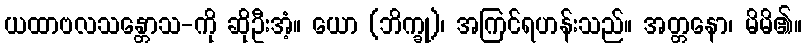
ယထာဗလသန္တောသ-ကို ဆိုဦးအံ့။ ယော (ဘိက္ခု)၊ အကြင်ရဟန်းသည်။ အတ္တနော၊ မိမိ၏။